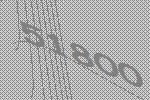
51800